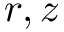
r , z